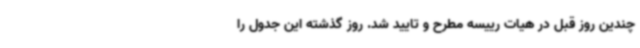
چندین روز قبل در هیات رییسه مطرح و تایید شد. روز گذشته این جدول را